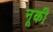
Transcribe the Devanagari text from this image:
नूकी